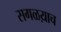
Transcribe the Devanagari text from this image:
सगळय़ाच